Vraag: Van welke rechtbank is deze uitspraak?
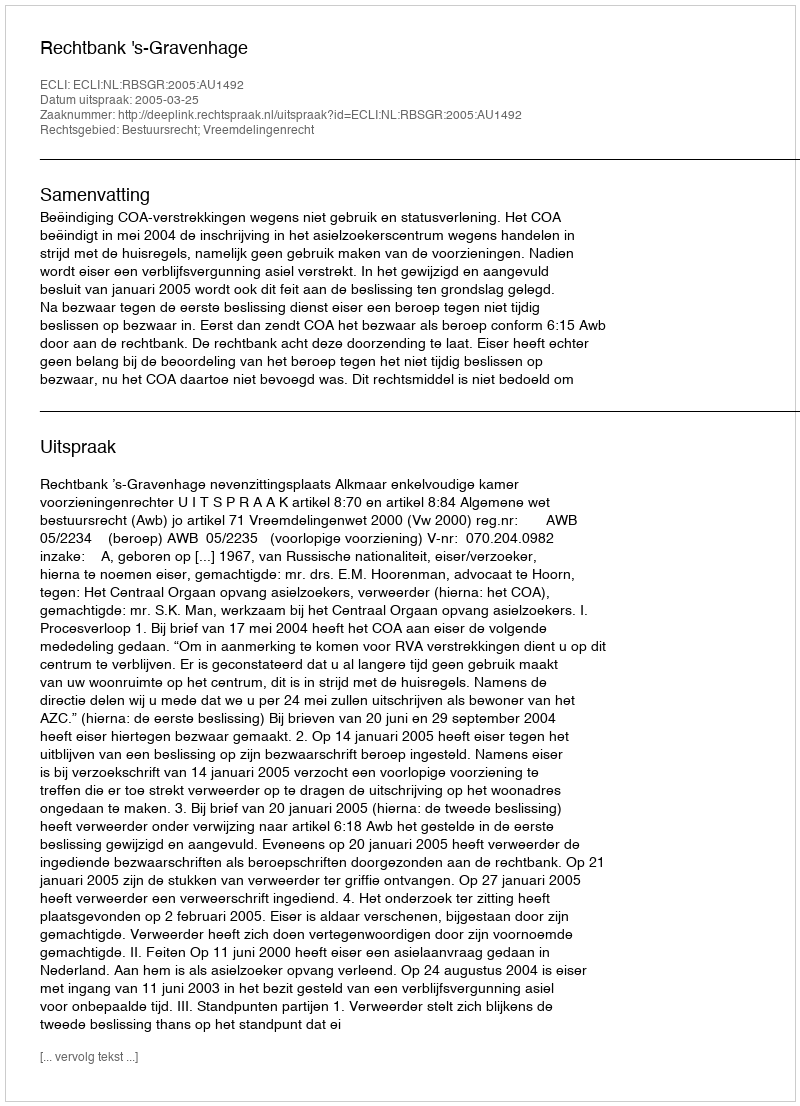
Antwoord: Rechtbank 's-Gravenhage